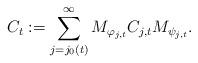
LaTeX: \begin{align*}C_t := \sum_{j=j_0(t)}^\infty M_{\varphi_{j,t}} C_{j,t} M_{\psi_{j,t}}.\end{align*}